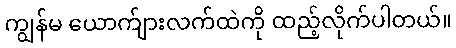
ကျွန်မ ယောက်ျားလက်ထဲကို ထည့်လိုက်ပါတယ်။